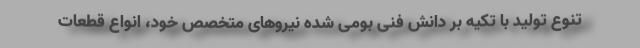
تنوع تولید با تکیه بر دانش فنی بومی شده نیروهای متخصص خود، انواع قطعات